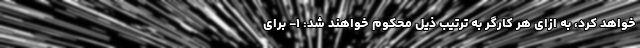
خواهد کرد، به ازای هر کارگر به ترتیب ذیل محکوم خواهند شد: ۱- برای